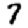
Digit: 7